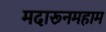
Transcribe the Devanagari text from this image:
मदारूनमहाम